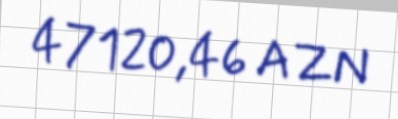
47120,46 AZN